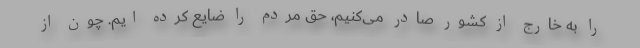
را به خارج از کشور صادر می‌کنیم، حق مردم را ضایع کرده ایم. چون از